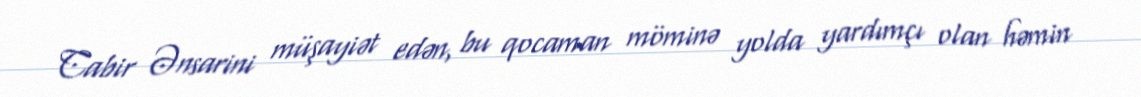
Cabir Ənsarini müşayiət edən, bu qocaman möminə yolda yardımçı olan həmin